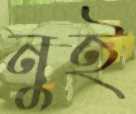
নুই